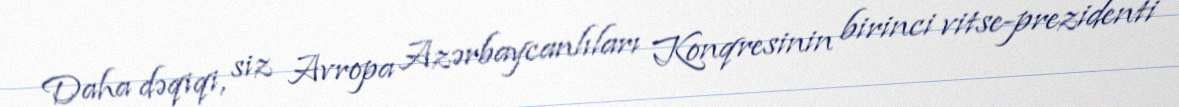
Daha dəqiqi, siz Avropa Azərbaycanlıları Konqresinin birinci vitse-prezidenti